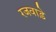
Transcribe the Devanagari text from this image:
रजवाडे़